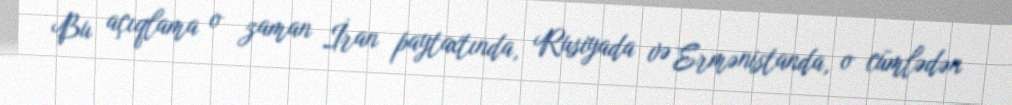
Bu açıqlama o zaman İran paytaxtında, Rusiyada və Ermənistanda, o cümlədən